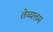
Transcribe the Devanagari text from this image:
तेय्यत्तम